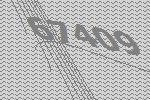
67409